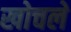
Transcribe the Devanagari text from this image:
खोचले